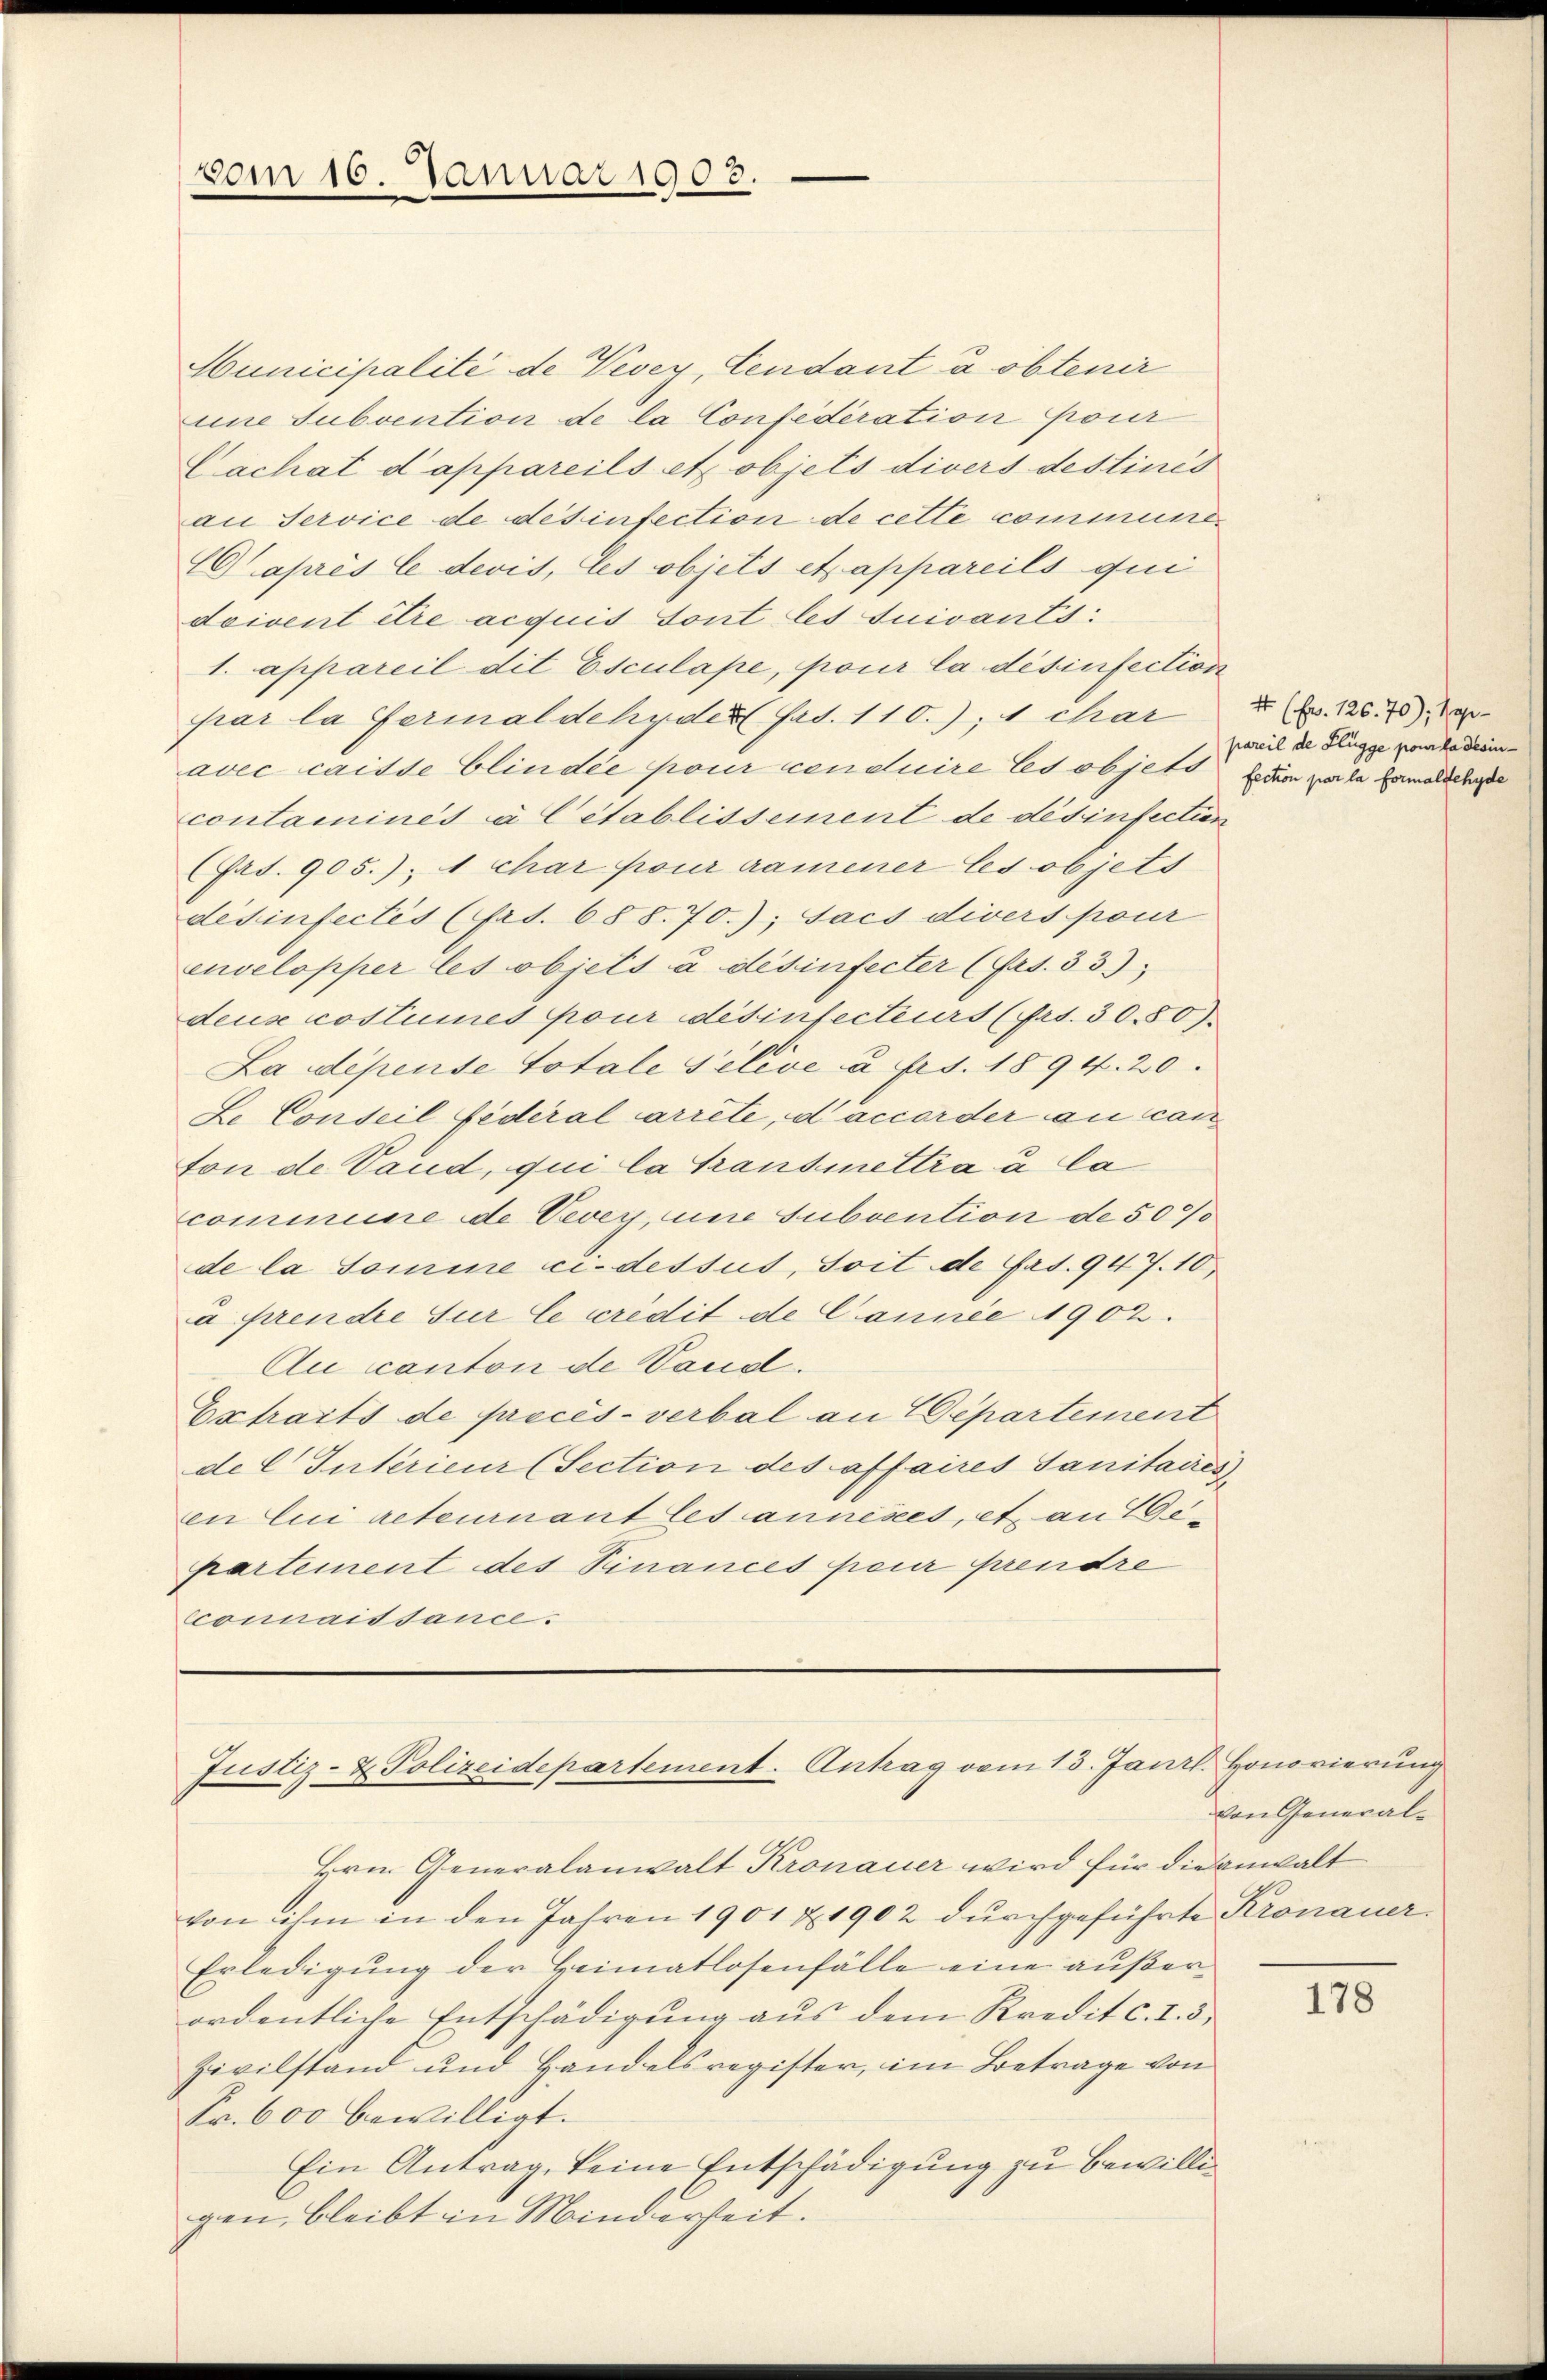
vom 16. Januar 1903.

Municipalité de Vevey, Cendant a obtenir
une Subvention de la Confederation pour
Cachat d’appareils et objets divers destined
an Service de desinfection de cette commune¬
C après le devis, les objets et appareils qui
doivent être acquit sont les suivants:
1. appareil dit Esculape, pour la désinfection
par la Ferial dehyder Frs. 110.), 4 char
avec caisse Clindee pour conduire Es objets
contaminés à C établissement de désinfectien
Fat. 905.); 1 char pour namener les objets
desinfectes (Art. 688. 70.); Jacs divers pour
envelopper les objets à desinfecter (Art. 33
deus costumes pour desinfecteurs (Frs. 3080).
La dépense Totale Sélève à frs. 1894. 20.
Le Conseil fédéral arrête, d’accorder au can
ton de Vaud, qui la Transmettra a la
commine de Vevey, une Subvention de 5000
de la Tomine ci-dessus, soit de fas. 947. 10,
à prendre sur le crédit de Cannie 1902.
Au canton de Vand.
Extraits de procès-verbal an Departement
de C Interieur (Section des affaires Sanitaires
en Cui reteurnant les annises, et an Ge¬
Partement des Finances pour prendre
cconnaissance.

Justiz- & Polizeidepartement-Antrag vom 13. Janrl. Honovierung

Hrn. Generalanwalt Kronauer wird für die anwalt
von ihm in den Jahren 1901 & 1902 durchgeführte Kronauer¬
Erledigung der Heimatlosenfälle eine außerordentliche Entschädigung aus dem Kredit c. I. 5.
Civilstand und Handelsregister, im Betrage von
Fr. 600 bewilligt.
Ein Antrag, keine Entschädigung zu bewillig
gen, bleibt in Minderseit

4 (Fr. 126. 70); seipareil de Flügge pour la desinfection par la formalsehyde

von General-

178